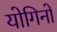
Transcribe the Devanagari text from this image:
योगिनो